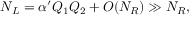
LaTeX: N _ { L } = \alpha ^ { \prime } Q _ { 1 } Q _ { 2 } + { \cal O } ( N _ { R } ) \gg N _ { R } ,